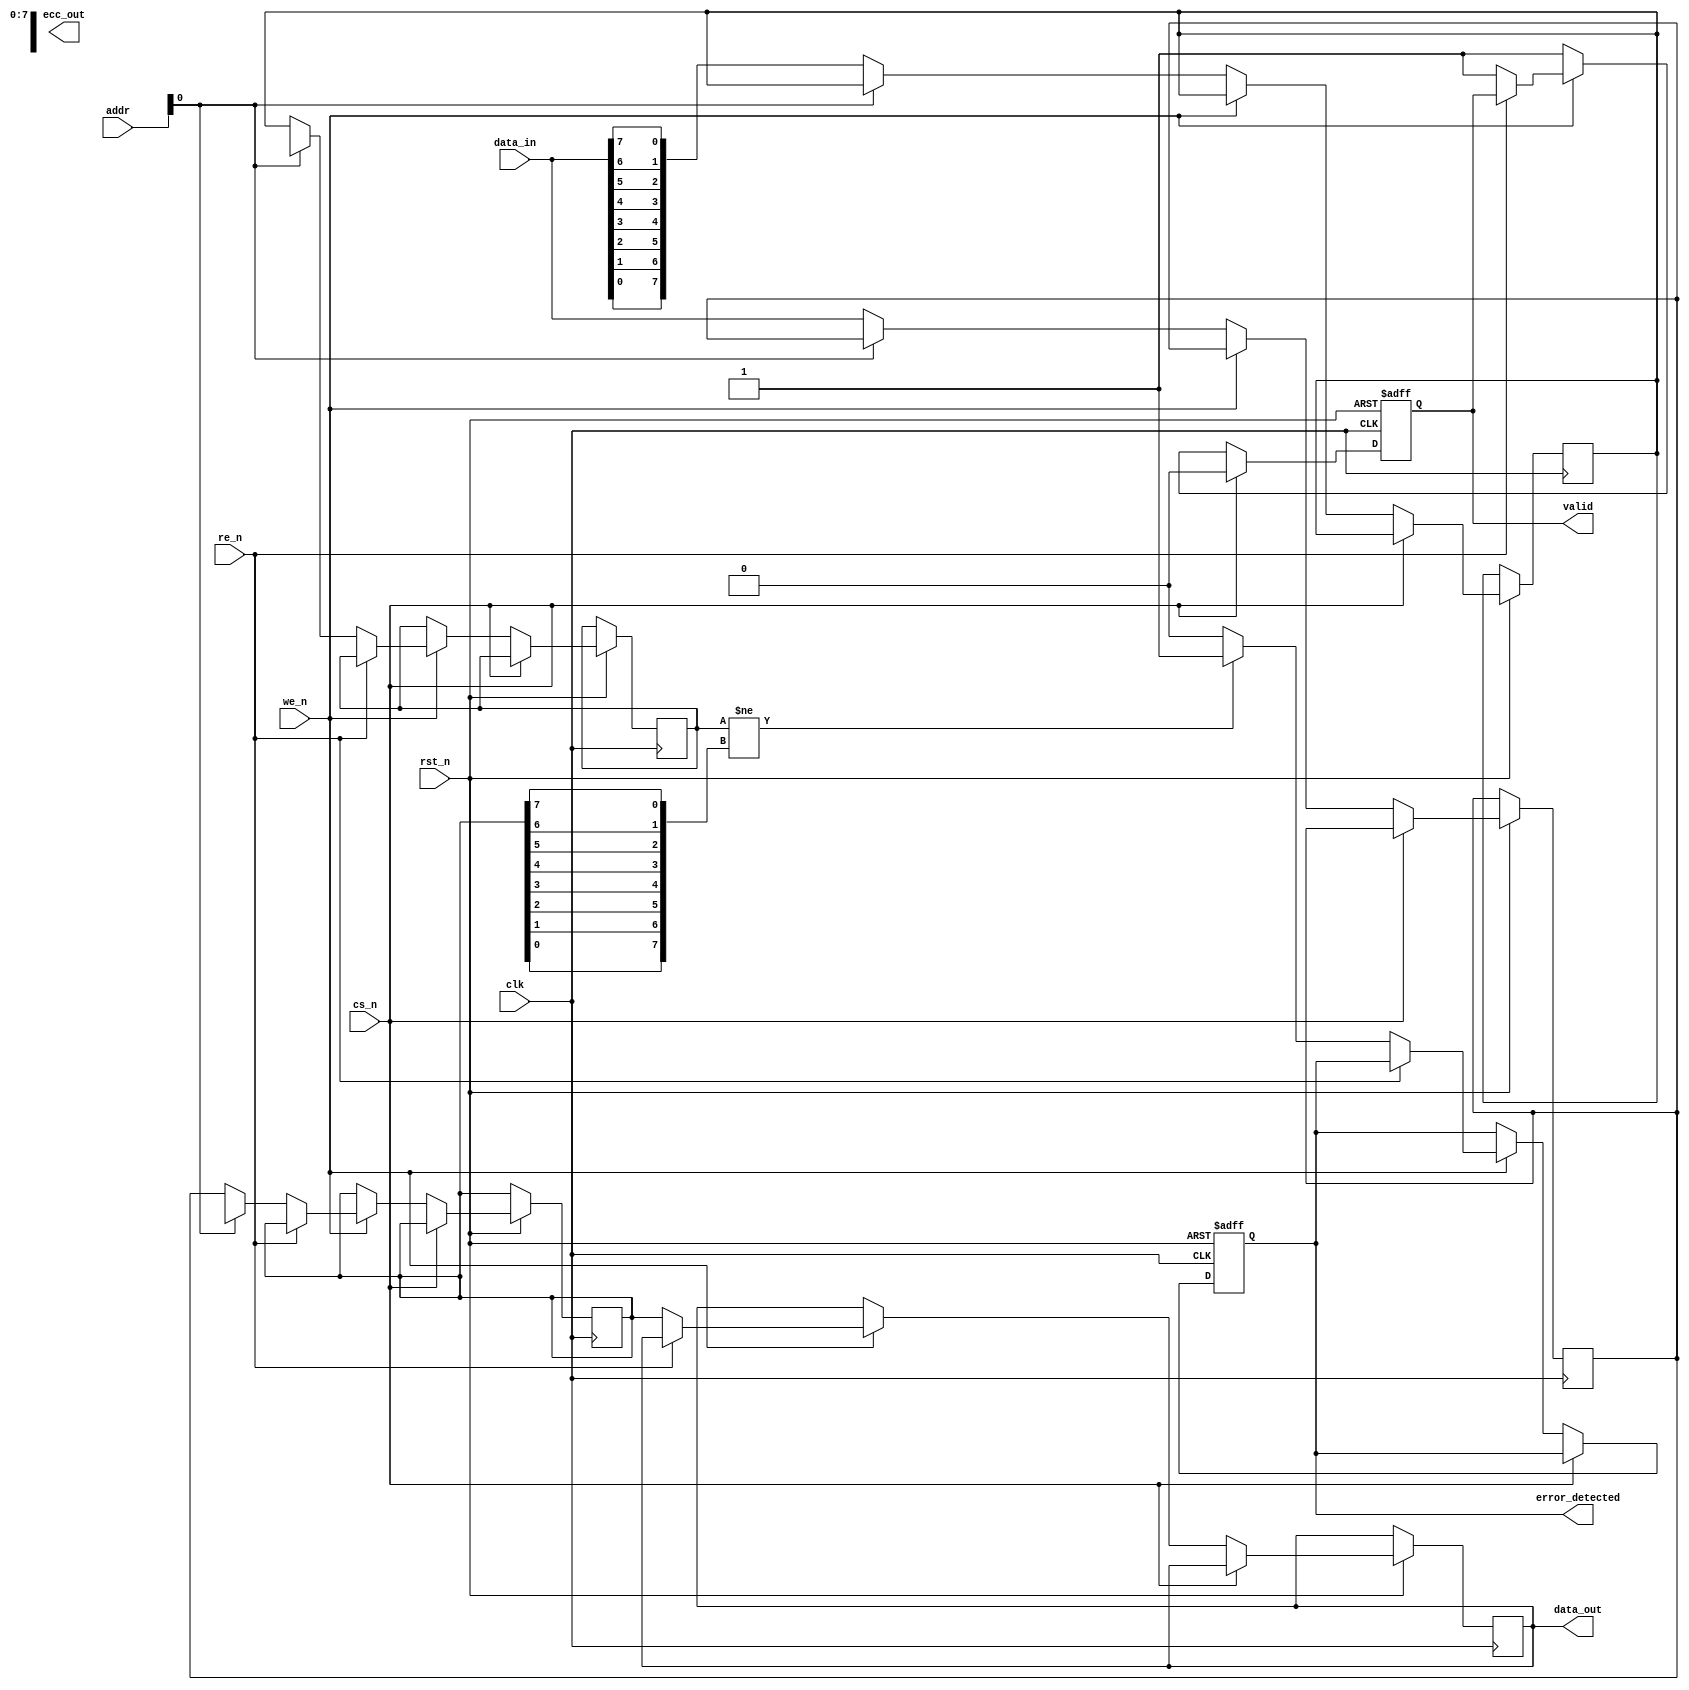
module ECC_DRAM_IO_Block #(
    parameter DATA_WIDTH = 64,         // Data bus width
    parameter ADDR_WIDTH = 32,         // Address width
    parameter ECC_BITS = 8              // Number of ECC bits (for Hamming code)
) (
    input  wire                  clk,          // System clock
    input  wire                  rst_n,        // Active low reset
    input  wire                  cs_n,         // Chip select (active low)
    input  wire                  we_n,         // Write enable (active low)
    input  wire                  re_n,         // Read enable (active low)
    input  wire [ADDR_WIDTH-1:0] addr,         // Address input
    input  wire [DATA_WIDTH-1:0] data_in,      // Data input
    output reg [DATA_WIDTH-1:0] data_out,      // Data output
    output reg                  valid,         // Valid data signal
    output reg                  error_detected, // Error detected signal
    output reg [ECC_BITS-1:0]    ecc_out       // ECC output
);

// Internal signals
reg [DATA_WIDTH-1:0] mem [0:2**ADDR_WIDTH-1]; // Memory array
reg [ECC_BITS-1:0] ecc_mem [0:2**ADDR_WIDTH-1]; // ECC memory
wire [ECC_BITS-1:0] ecc_generated;         // Generated ECC bits
reg [ECC_BITS-1:0] ecc_received;            // Received ECC bits
reg [DATA_WIDTH-1:0] data_read;             // Data read from memory

// ECC Encoding (Hamming Code)
function [ECC_BITS-1:0] encode_ecc(input [DATA_WIDTH-1:0] data);
    // Implement Hamming Code or other ECC algorithm here
    // For simplicity, assume a dummy ECC generation
    encode_ecc = {data[0], data[1], data[2], data[3], data[4], data[5], data[6], data[7]};
endfunction

// ECC Decoding (Hamming Code)
function [DATA_WIDTH-1:0] decode_ecc(input [DATA_WIDTH-1:0] data, input [ECC_BITS-1:0] ecc);
    // Implement Hamming Code or other ECC algorithm here
    // For simplicity, assume a dummy ECC decoding
    decode_ecc = data; // Assume no error for simplicity
endfunction

// Memory Read/Write Process
always @(posedge clk or negedge rst_n) begin
    if (!rst_n) begin
        valid <= 1'b0;
        error_detected <= 1'b0;
    end else begin
        if (!cs_n) begin
            if (!we_n) begin // Write operation
                mem[addr] <= data_in;
                ecc_mem[addr] <= encode_ecc(data_in); // Generate ECC
                valid <= 1'b1;
            end else if (!re_n) begin // Read operation
                data_read <= mem[addr];
                ecc_received <= ecc_mem[addr]; // Read ECC
                data_out <= decode_ecc(data_read, ecc_received);
                // Check for errors (dummy check for example)
                if (ecc_received != encode_ecc(data_read)) begin
                    error_detected <= 1'b1; // Error detected
                end else begin
                    error_detected <= 1'b0;
                end
                valid <= 1'b1;
            end
        end else begin
            valid <= 1'b0; // Invalidate when chip is not selected
        end
    end
end

endmodule